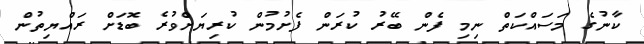
ކާނުގެ މަސައްކަތް ނިމި ފެން ބޭރު ކުރަން ފެށުމުން ކުރިޔަށްވުރެ ބޮޑަށް ރައްޔިތުން